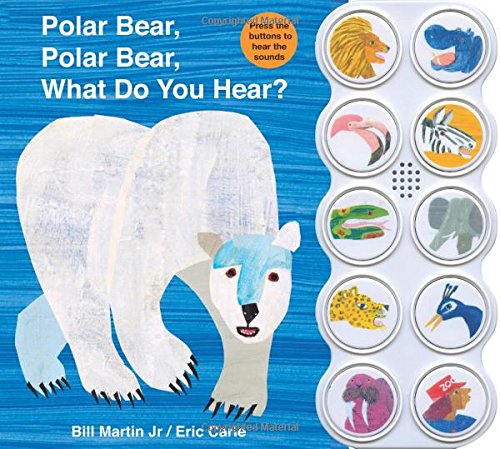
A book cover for Polar Bear, Polar Bear What Do You Hear? sound book; Bill Martin; Children's Books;